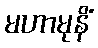
မဟာမုနိံ